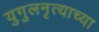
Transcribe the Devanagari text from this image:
युगुलनृत्याच्या